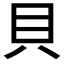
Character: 貝